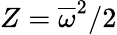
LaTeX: Z=\overline{{\omega}}^{2}/2